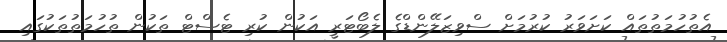
އެތުހުމަތުތައް ކަށަވަރު ކުރުމަށް ސްވިޒަލޭންޑްގެ ލެބޯޓަރީ އަކުން ކުރި ޓެސްޓް ތަކުން ތުހުމަތުތަކުގައި